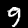
Digit: 9